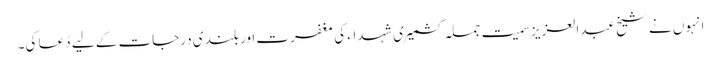
انہوں نے شیخ عبدالعزیزسمیت جملہ کشمیری شہداء کی مغفرت اور بلندی درجات کے لیے دُعا کی۔